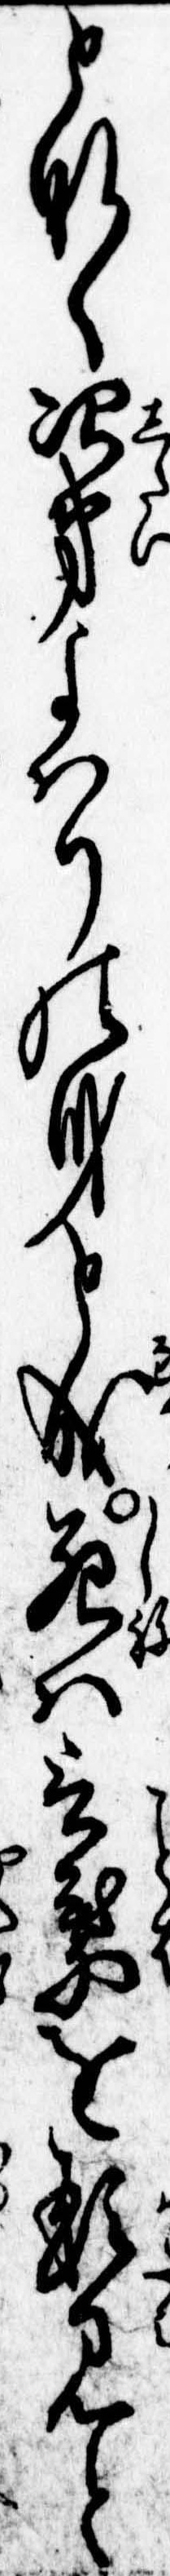
となく次第よはりの身と成死は言葉を形見と